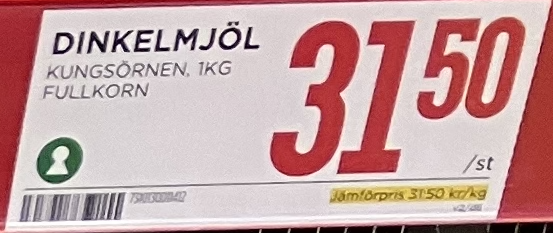
Vara: Dinkelmjöl
Genomsnittspris: 31.5 per kg